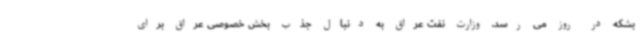
بشکه در روز می رسد. وزارت نفت عراق به دنبال جذب بخش خصوصی عراق برای